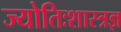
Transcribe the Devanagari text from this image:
ज्योतिःशास्त्रज्ञ